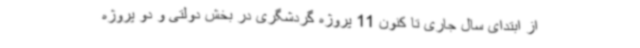
از ابتدای سال جاری تا کنون 11 پروژه گردشگری در بخش دولتی و دو پروژه